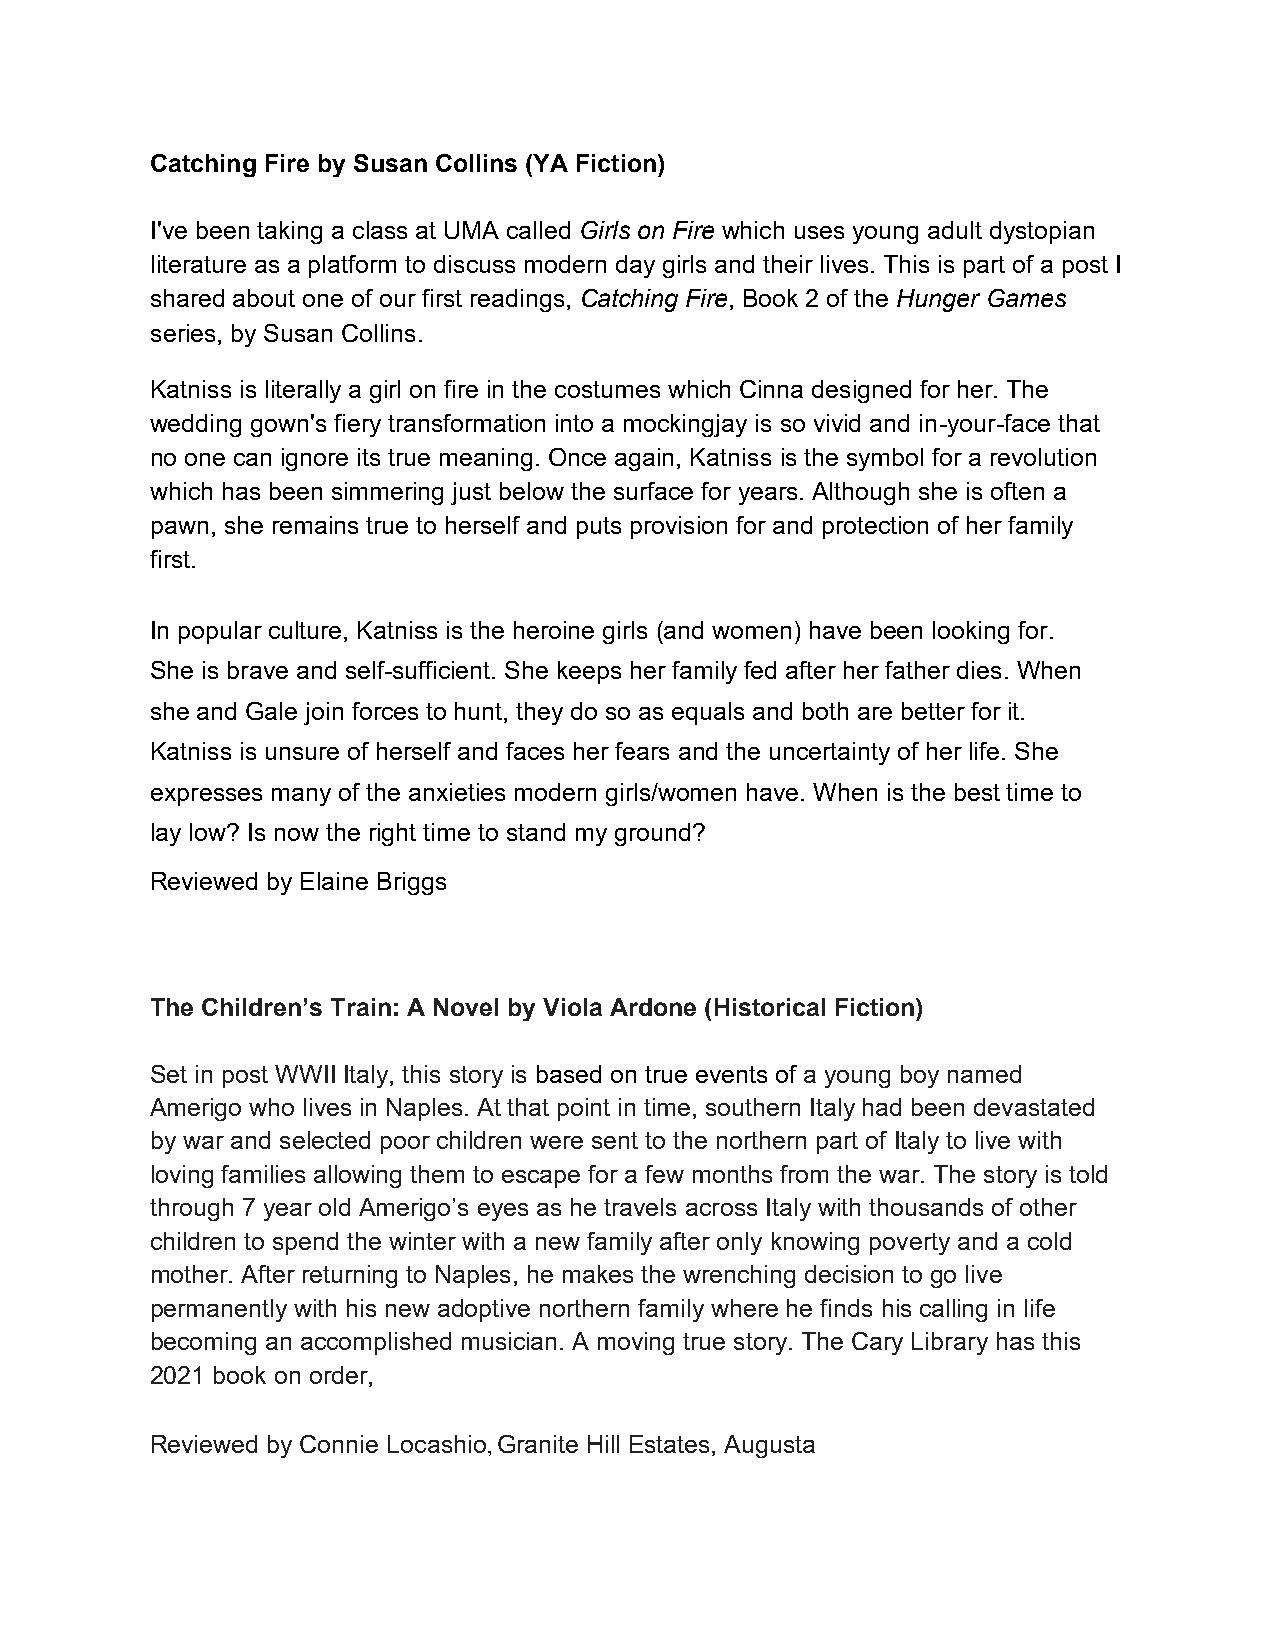
Catching Fire by Susan Collins (YA Fiction)
 I've been taking a class at UMA called Girls on Fire which uses young adult dystopian
 literature as a platform to discuss modern day girls and their lives. This is part of a post I
 shared about one of our first readings, Catching Fire, Book 2 of the Hunger Games
 series, by Susan Collins.
 Katniss is literally a girl on fire in the costumes which Cinna designed for her. The
 wedding gown's fiery transformation into a mockingjay is so vivid and in-your-face that
 no one can ignore its true meaning. Once again, Katniss is the symbol for a revolution
 which has been simmering just below the surface for years. Although she is often a
 pawn, she remains true to herself and puts provision for and protection of her family
 first.
 In popular culture, Katniss is the heroine girls (and women) have been looking for.
 She is brave and self-sufficient. She keeps her family fed after her father dies. When
 she and Gale join forces to hunt, they do so as equals and both are better for it.
 Katniss is unsure of herself and faces her fears and the uncertainty of her life. She
 expresses many of the anxieties modern girls/women have. When is the best time to
 lay low? Is now the right time to stand my ground?
 Reviewed by Elaine Briggs
 The Children’s Train: A Novel by Viola Ardone (Historical Fiction)
 Set in post WWII Italy, this story is based on true events of a young boy named
 Amerigo who lives in Naples. At that point in time, southern Italy had been devastated
 by war and selected poor children were sent to the northern part of Italy to live with
 loving families allowing them to escape for a few months from the war. The story is told
 through 7 year old Amerigo’s eyes as he travels across Italy with thousands of other
 children to spend the winter with a new family after only knowing poverty and a cold
 mother. After returning to Naples, he makes the wrenching decision to go live
 permanently with his new adoptive northern family where he finds his calling in life
 becoming an accomplished musician. A moving true story. The Cary Library has this
 2021 book on order,
 Reviewed by Connie Locashio, Granite Hill Estates, Augusta